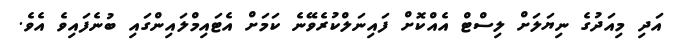
އަދި މިއަދުގެ ނިޔަލަށް ލިސްޓް އެއްކޮށް ފައިނަލްކުރެވޭނެ ކަމަށް އެޓައިމްލައިންގައި ބުނެފައިވެ އެވެ.